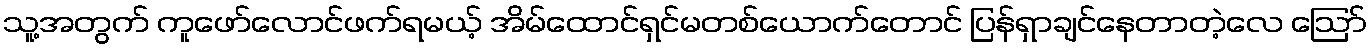
သူ့အတွက် ကူဖော်လောင်ဖက်ရမယ့် အိမ်ထောင်ရှင်မတစ်ယောက်တောင် ပြန်ရှာချင်နေတာတဲ့လေ ဪ